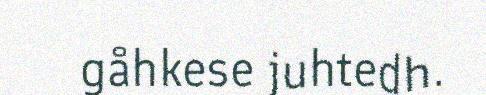
gåhkese juhtedh.